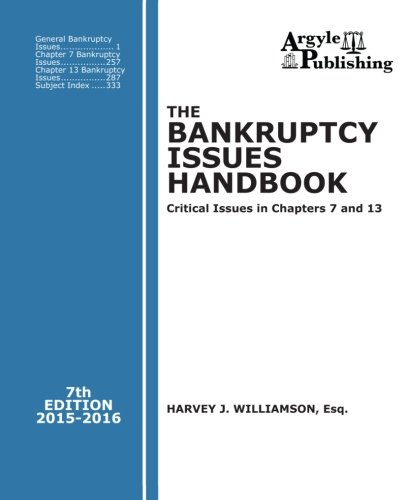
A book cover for The Bankruptcy Issues Handbook (7th Ed., 2015): Critical Issues in Chapter 7 and Chapter 13; Harvey J. Williamson Esq.; Law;